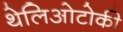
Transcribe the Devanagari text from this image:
थेलिओटोकी